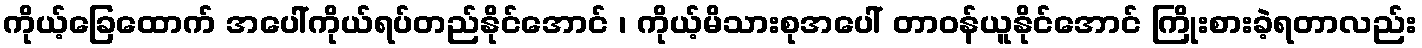
ကိုယ့်ခြေထောက် အပေါ်ကိုယ်ရပ်တည်နိုင်အောင် ၊ ကိုယ့်မိသားစုအပေါ် တာဝန်ယူနိုင်အောင် ကြိုးစားခဲ့ရတာလည်း